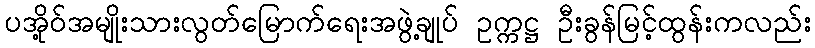
ပအို့ဝ်အမျိုးသားလွတ်မြောက်ရေးအဖွဲ့ချုပ် ဥက္ကဋ္ဌ ဦးခွန်မြင့်ထွန်းကလည်း